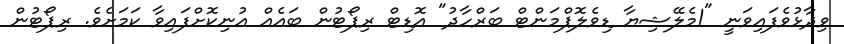
ވިދާޅުވެފައިވަނީ "1މެލޭޝިޔާ ޑިވެލޮޕްމަންޓް ބަރްހާދު" އޮޑިޓް ރިޕޯޓުން ބައެއް އުނިކޮށްފައިވާ ކަމަށެވެ. ރިޕޯޓުން